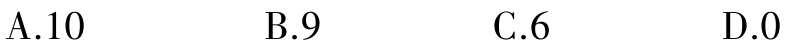
A.10

B.9

C.6

D.0